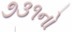
૭૩૧નો